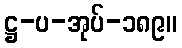
ဋ္ဌ-ပ-အုပ်-၁၈၉။